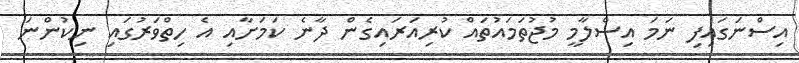
އިސްނަގައިފި ނަމަ އިސްލާމީ މުޖުތަމައުތައް ކުރިއަރައިގެން ދާނެ ކަމަށާއި އެ ހިތްވަރުގައި ނިކުންނަ